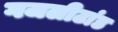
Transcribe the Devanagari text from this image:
गजलीटांड